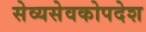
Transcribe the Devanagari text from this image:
सेव्यसेवकोपदेश